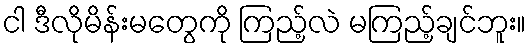
ငါ ဒီလိုမိန်းမတွေကို ကြည့်လဲ မကြည့်ချင်ဘူး။